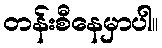
တန်းစီနေမှာပါ။